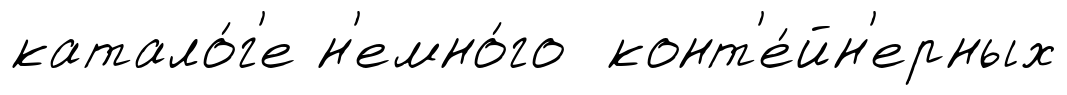
катало́г'е н'емно́го конт'е́йн'ерных